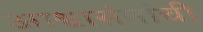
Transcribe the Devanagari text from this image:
आश्वासंनांची